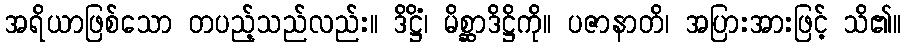
အရိယာဖြစ်သော တပည့်သည်လည်း။ ဒိဋ္ဌိံ၊ မိစ္ဆာဒိဋ္ဌိကို။ ပဇာနာတိ၊ အပြားအားဖြင့် သိ၏။